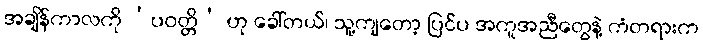
အချိန်ကာလကို ‘ပဝတ္တိ’ ဟု ခေါ်တယ်၊ သူ့ကျတော့ ပြင်ပ အကူအညီတွေနဲ့ ကံတရားက